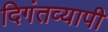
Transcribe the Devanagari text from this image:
दिगंतव्यापी